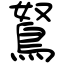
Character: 鴑